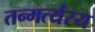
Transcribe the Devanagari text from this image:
तन्मर्त्यस्य